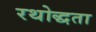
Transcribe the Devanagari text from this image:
रथोद्धता